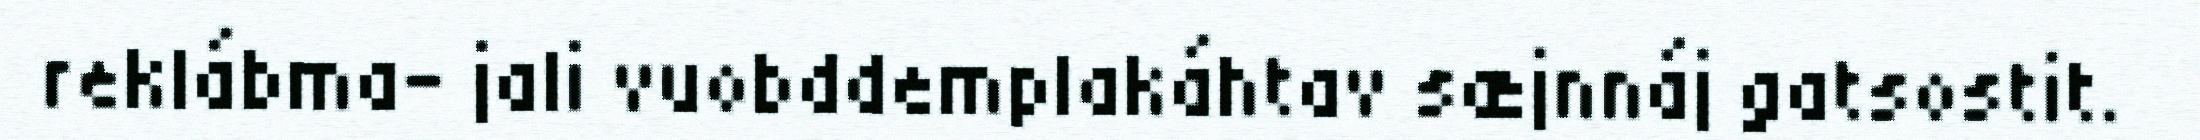
reklábma- jali vuobddemplakáhtav sæjnnáj gatsostit.